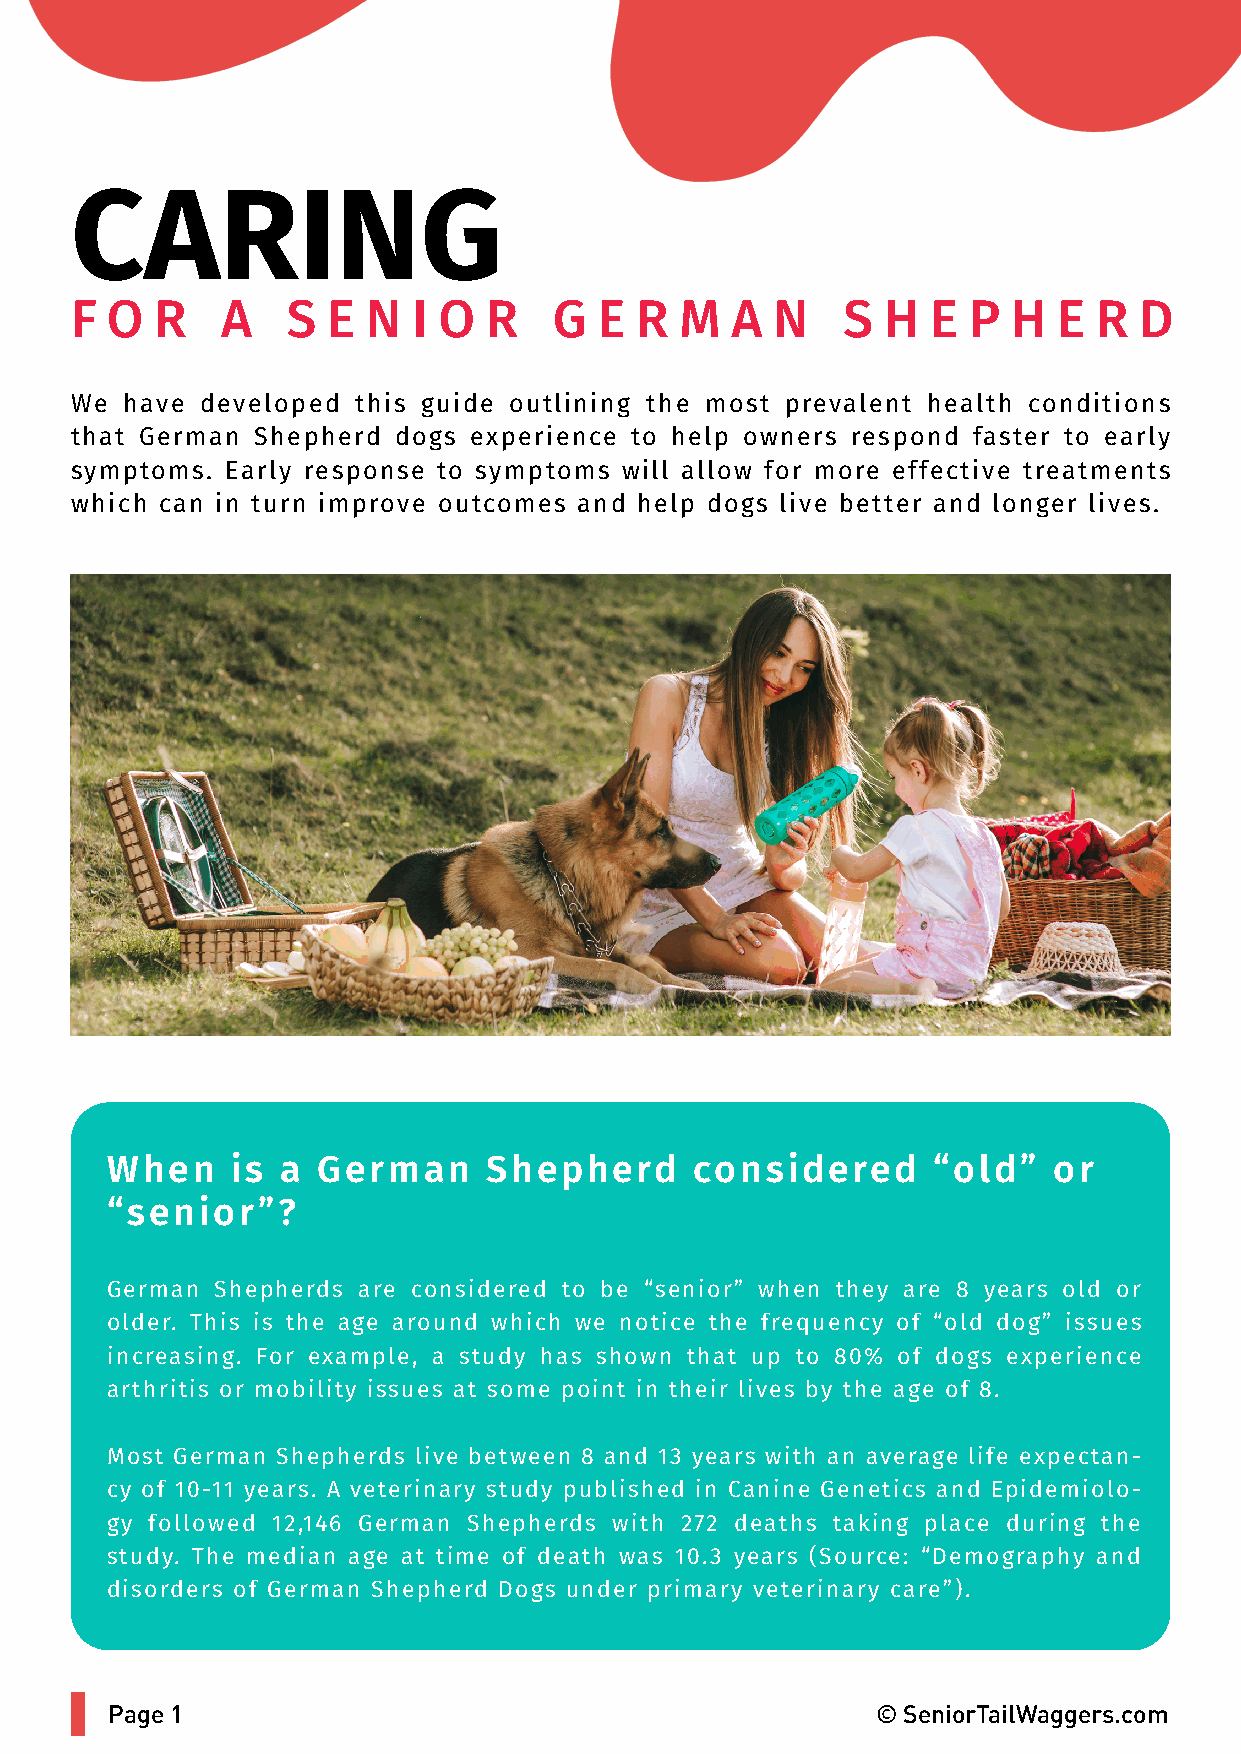
CARING
 F O  R    A   S  E N  I O  R    G  E R  M  A  N    S H   E P  H  E  R D
 We have developed  this guide outlining the most prevalent health conditions
 that German Shepherd dogs experience to help owners respond faster to early
 symptoms. Early response to symptoms will allow for more effective treatments
 which can in turn improve outcomes and help dogs live better and longer lives.
 When    is  a German     Shepherd      considered      “old”   or
 “senior”?
 German Shepherds are considered to be “senior” when they are 8 years old or
 older. This is the age around which we notice the frequency of “old dog” issues
 increasing. For example, a study has shown that up to 80% of dogs experience
 arthritis or mobility issues at some point in their lives by the age of 8.
 Most German Shepherds live between 8 and 13 years with an average life expectan-
 cy of 10-11 years. A veterinary study published in Canine Genetics and Epidemiolo-
 gy followed 12,146 German Shepherds with 272 deaths taking place during the
 study. The median age at time of death was 10.3 years (Source: “Demography and
 disorders of German Shepherd Dogs under primary veterinary care”).
 Page 1                                             © SeniorTailWaggers.com